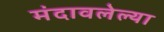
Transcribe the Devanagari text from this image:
मंदावलेल्या